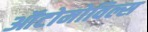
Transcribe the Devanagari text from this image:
ऑटोमोविल्स